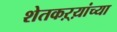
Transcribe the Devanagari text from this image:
शेतकऱ्य़ांच्या